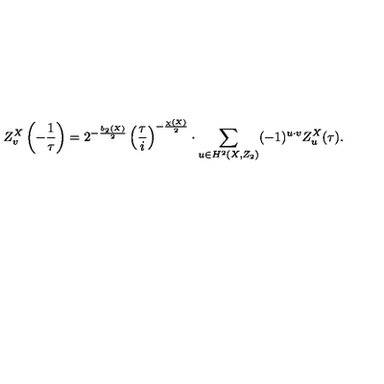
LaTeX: Z _ { v } ^ { X } \left( - \frac { 1 } { \tau } \right) = 2 ^ { - \frac { b _ { 2 } ( X ) } { 2 } } \left( \frac { \tau } { i } \right) ^ { - \frac { \chi ( X ) } { 2 } } \cdot \sum _ { u \in H ^ { 2 } ( X , Z _ { 2 } ) } ( - 1 ) ^ { u \cdot v } Z _ { u } ^ { X } ( \tau ) .